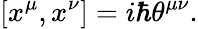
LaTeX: [x^{\mu},x^{\nu}]=i\hbar\theta^{\mu\nu}.